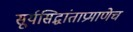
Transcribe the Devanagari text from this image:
सूर्यसिद्धांताप्रमाणेच